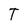
Character: T